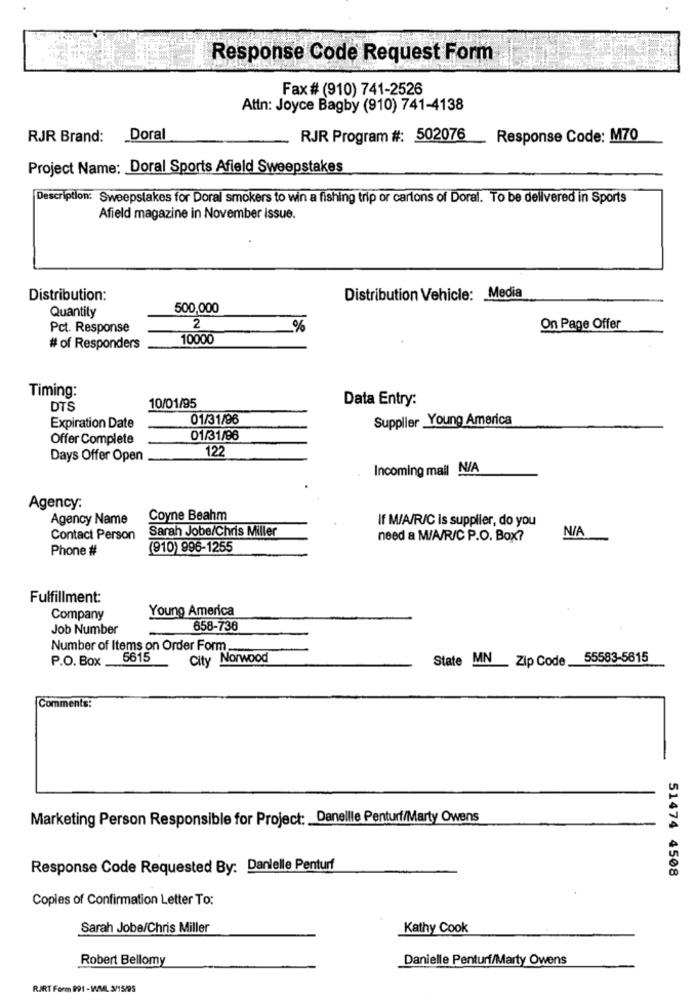
Response Code Request Form
Fax# (910) 741-2526
Attn: Joyce Bagby (910) 741-4138
RJR Brand:
Doral
RJR Program #: 502076
Response Code: M70
Project Name: Doral Sports Afield Sweepstakes
Description: Sweepstakes for Doral smokers to win a fishing trip or cartons of Doral. To be delivered in Sports
Afield magazine in November issue.
Distribution:
Distribution Vehicle: Media
Quantity
500,000
Pct. Response
2
%
On Page Offer
10000
# of Responders
Timing:
Data Entry:
DTS
10/01/95
01/31/96
Supplier Young America
Expiration Date
Offer Complete
01/31/96
122
Days Offer Open
Incoming mail N/A
Agency:
Agency Name
Coyne Beahm
If M/A/R/C is supplier, do you
Sarah Jobe/Chris Miller
Contact Person
need a M/A/R/C P.O. Box?
Phone #
(910) 996-1255
Fulfillment:
Young America
Company
Job Number
658-736
Number of Items on Order Form.
P.O. Box .
5615
City Norwood
State MN_ Zip Code 55583-5615
Comments:
Marketing Person Responsible for Project: Danellle Penturf/Marty Owens
Response Code Requested By: Danielle Penturf
51474 4508
Copies of Confirmation Letter To:
Sarah Jobe/Chris Miller
Kathy Cook
Robert Bellomy
Danielle Penturf/Marty Owens
R.ART Form 991 - WML 3/15/95